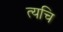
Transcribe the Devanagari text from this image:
त्यचि